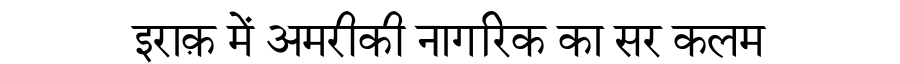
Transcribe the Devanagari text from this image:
इराक़ में अमरीकी नागरिक का सर कलम